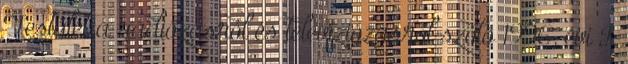
Testület a rádiózásról és televíziózásról szóló 1996. évi I.